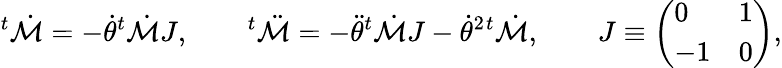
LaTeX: ^{t}\dot{\cal M}=-\dot{\theta}{}^{t}\dot{\cal M}J,\qquad^{t}\ddot{\cal M}=-\ddot{\theta}{}^{t}\dot{\cal M}J-\dot{\theta}^{2}{}^{t}\dot{\cal M},\qquad J\equiv\left(\begin{array}{ll}{{0}}&{{1}}\\ {{-1}}&{{0}}\end{array}\right),